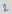
Text: 2